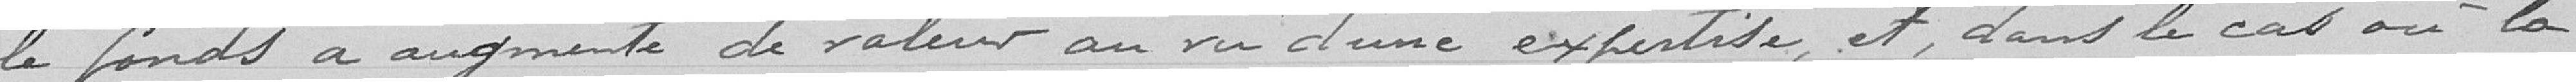
le fonds a augmenté de valeur au vu d'une expertise et, dans le cas où la